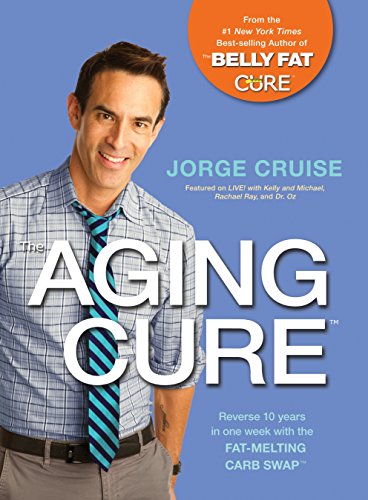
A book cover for The Aging CureEE¢: Reverse 10 years in one week with the FAT-MELTING CARB SWAPEE¢; Jorge Cruise; Health, Fitness & Dieting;